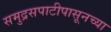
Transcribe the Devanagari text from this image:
समुद्रसपाटीपासूनच्या